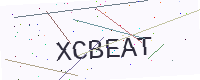
Text: XCBEAT